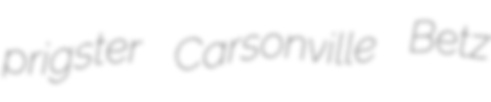
prigster Carsonville Betz